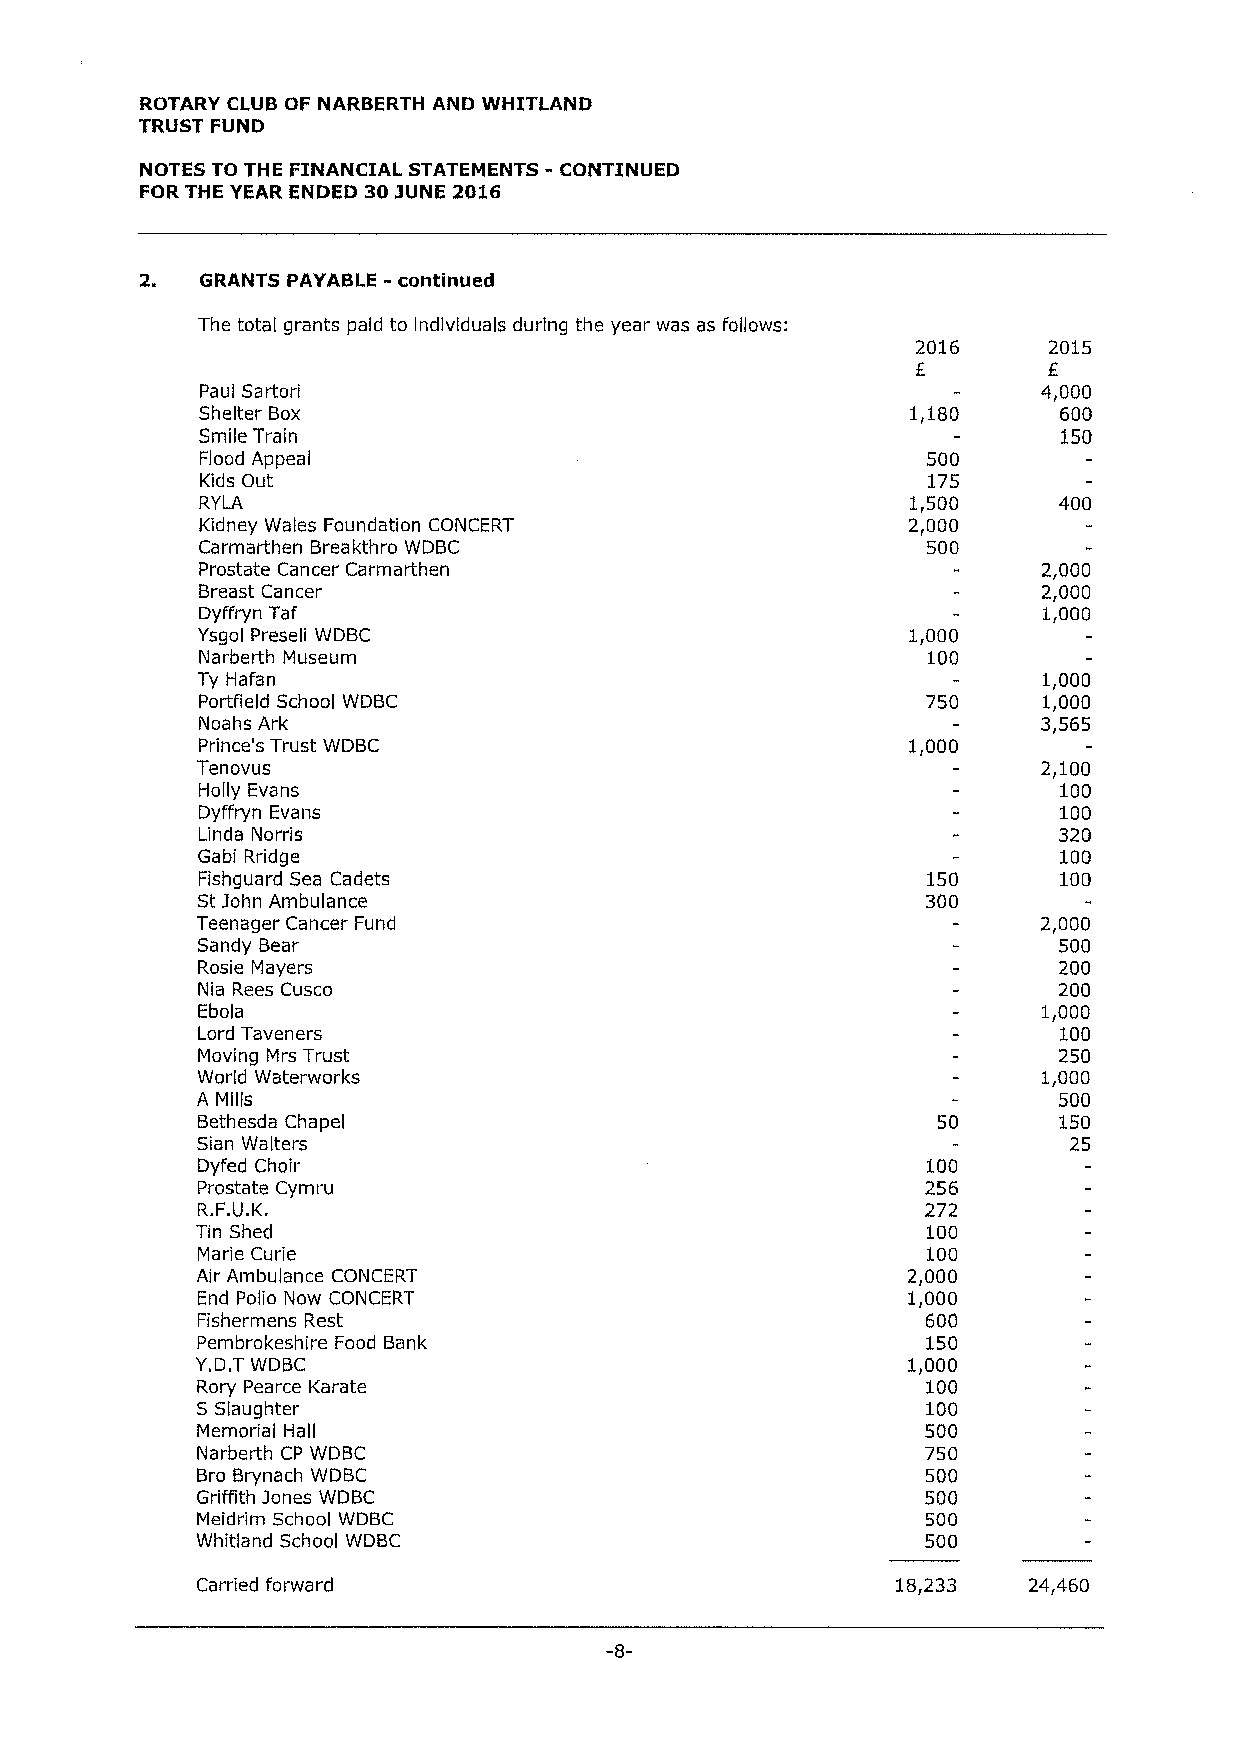
ROTARY CLUB OF NARBERTH AND WHITLAND
 TRUST FUND
 -
 NOTES TO THE FINANCIAL STATEMENTS CONTINUED
 FOR THE YEAR ENDED 303UNE 2016
 2.  GRANTS PAYABLE - continued
 The total grants paid to individuals during the year was as follows:
 2016    2015
 Paul Sartori                                            4,000
 Shelter Box                                    1,180     600
 Smile Train                                              150
 Flood Appeal                                    500
 Kids Out                                        175
 RYLA                                           1,500     400
 Kidney Wales Foundation CONCERT                2,000
 Carmarthen Breakthro WDBC                       500
 Prostate Cancer Carmarthen                              2,000
 Breast Cancer                                           2,000
 Dyffryn Taf                                             1,000
 Ysgol Preseli WDBC                             1,000
 Narberth Museum                                 100
 Ty Hafan                                                1,000
 Portfield School WDBC                           750     1,000
 Noahs Ark                                               3,565
 Prince's Trust WDBC                            1,000
 Tenovus                                                 2,100
 Holly Evans                                              100
 Dyffryn Evans                                            100
 Linda Norris                                             320
 Gabi Rridge                                              100
 Fishguard Sea Cadets                            150      100
 St john Ambulance                               300
 Teenager Cancer Fund                                    2,000
 Sandy Bear                                               500
 Rosie Mayers                                             200
 Nia Rees Cusco                                           200
 Ebola                                                   1,000
 Lord Taveners                                            100
 Moving Mrs Trust                                         250
 World Waterworks                                        1,000
 A Mills                                                  500
 Bethesda Chapel                                  50      150
 Sian Walters                                              25
 Dyfed Choir                                     100
 Prostate Cymru                                  256
 R.F.U.K.                                        272
 Tin Shed                                        100
 Marie Curie                                     100
 Air Ambulance CONCERT                          2,000
 End Polio Now CONCERT                          1,000
 Fishermens Rest                                 600
 Pembrokeshire Food Bank                         150
 Y.D.TWDBC                                      1,000
 Rory Pearce Karate                              100
 S Slaughter                                     100
 Memorial HaII                                   500
 Narberth CP WDBC                                750
 Bro Brynach WDBC                                500
 Griffith jones WDBC                             500
 Meidrim School WDBC                             500
 Whitland School WDBC                            500
 Carried forward                               18,233   24,460